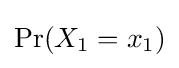
\Pr(X_{1}=x_{1})